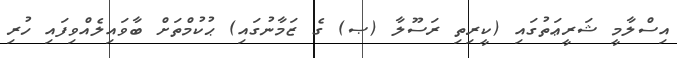
އިސްލާމީ ޝަރީޢަތުގައި (ކީރިތި ރަސޫލާ (ޞ) ގެ ޒަމާނުގައި) ޙުކުމްތަށް ބާވައިލެއްވިފައި ހުރި